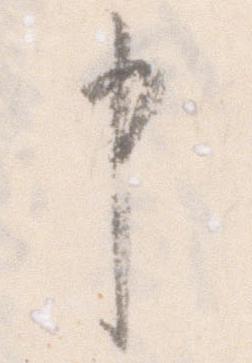
申